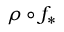
\rho \circ f _ { * }